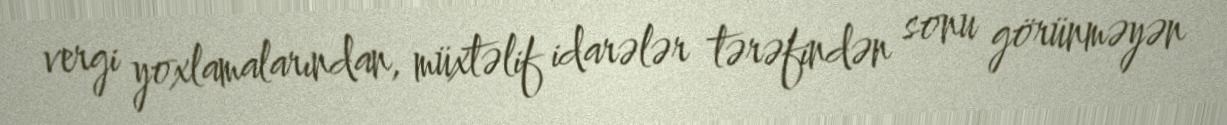
vergi yoxlamalarından, müxtəlif idarələr tərəfindən sonu görünməyən